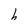
Character: h